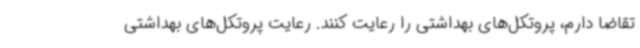
تقاضا دارم، پروتکل‌های بهداشتی را رعایت کنند. رعایت پروتکل‌های بهداشتی